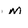
Character: M